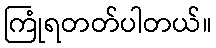
ကြုံရတတ်ပါတယ်။